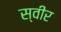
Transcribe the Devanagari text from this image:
स्वीर